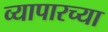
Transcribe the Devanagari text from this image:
व्यापारच्या